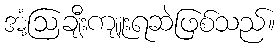
အံ့ဩချီးကျူးရဆဲဖြစ်သည်။